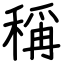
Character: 稱